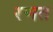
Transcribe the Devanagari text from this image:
रणत